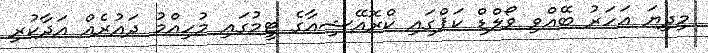
މިދިޔަ އަހަރު ބޭއްވި ވޯލްޑް ކަޕްގައި ކްރޮއޭޝިއާގެ ޓީމުގައި މުހިއްމު ދައުރެއް އަދާކުރި